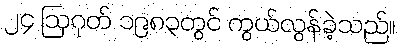
၂၄ ဩဂုတ် ၁၉၈၃တွင် ကွယ်လွန်ခဲ့သည်။